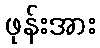
ဖုန်းအား